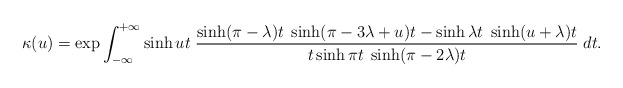
\begin{align*}\kappa (u)=\exp\int_{-\infty}^{+\infty}\sinh u t\; \frac{ \sinh (\pi-\lambda)t\; \sinh (\pi-3\lambda+u)t-\sinh\lambda t\; \sinh (u+\lambda)t} {t\sinh\pi t\; \sinh (\pi-2\lambda)t}\; dt. \end{align*}